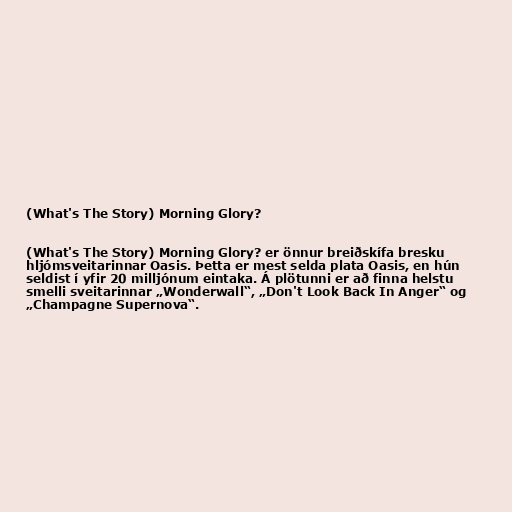
(What's The Story) Morning Glory?

(What's The Story) Morning Glory? er önnur breiðskífa bresku
hljómsveitarinnar Oasis. Þetta er mest selda plata Oasis, en hún
seldist í yfir 20 milljónum eintaka. Á plötunni er að finna helstu
smelli sveitarinnar „Wonderwall“, „Don't Look Back In Anger“ og
„Champagne Supernova“.